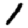
Digit: 1